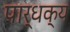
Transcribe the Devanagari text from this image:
पार्धक्य